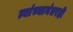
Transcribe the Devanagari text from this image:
त्यांच्यानंतरही